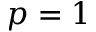
p = 1